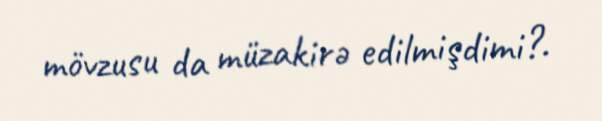
mövzusu da müzakirə edilmişdimi?.